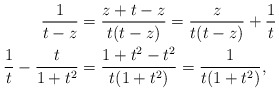
\begin{align*} \frac{1}{t-z} &= \frac{z+t-z}{t(t-z)} = \frac{z}{t(t-z)}+\frac{1}{t} \\ \frac{1}{t}-\frac{t}{1+t^2} &= \frac{1+t^2 -t^2}{t(1+t^2)} = \frac{1}{t(1+t^2)}, \end{align*}